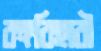
বঙ্গবিহারী